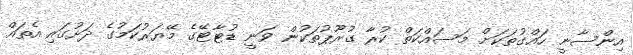
އިންސާނީ ހައްގުތަކަށް މަސައްކަތް ކުރާ ގުރޫޕުތަކުން ވަނީ ޑުޓާޓޭގެ މޭޔަރުކަމުގެ ދަށުގައި އެތައް